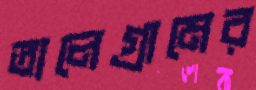
তালেগ্রামের